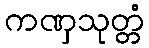
ကဏှသုတ္တံ